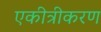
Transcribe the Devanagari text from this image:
एकीत्रीकरण